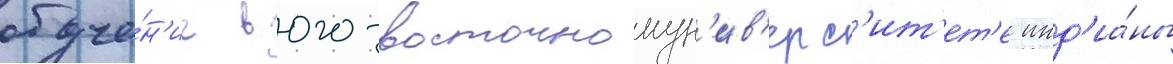
обуче́н'ие в юго-восточномун'ив'ерс'ит'ет'е инд'иа́ны